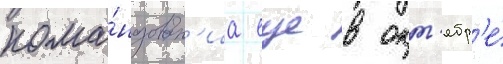
кома́ндован'иа еще в окт'ябр'е́